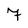
Character: 7